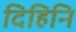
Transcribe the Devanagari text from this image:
दिहिनि